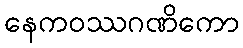
နေကဝဿဂဏိကော